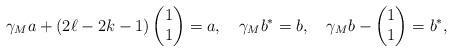
LaTeX: \begin{align*}\gamma_M a+(2\ell-2k-1)\begin{pmatrix} 1\\ 1\end{pmatrix}=a,\quad\gamma_M b^*=b, \quad\gamma_M b-\begin{pmatrix}1\\ 1\end{pmatrix}=b^*,\end{align*}